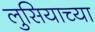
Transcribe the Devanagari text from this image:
लुसियाच्या